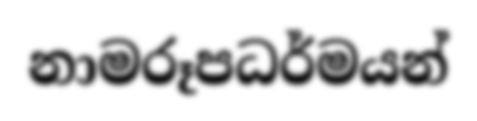
නාමරූපධර්මයන්